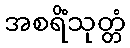
အစရိံသုတ္တံ